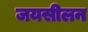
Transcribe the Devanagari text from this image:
जयसीलन